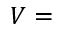
V =